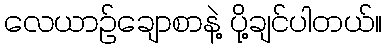
လေယာဉ်ချောစာနဲ့ ပို့ချင်ပါတယ်။